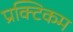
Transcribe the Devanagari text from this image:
प्रक्टिकम